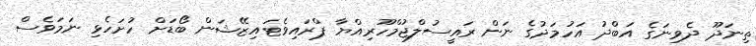
ތިނަދޫ ދެވިނަގެ އަބްދު އަހުމަދުގެ ނަން ރައީސުލްޖުމްހޫރިއްޔާ ޕްރައިވެޓައިޒޭޝަން ބޯޑަށް ހުށަހެޅި ނަމަވެސް